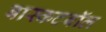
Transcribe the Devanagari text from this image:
बास्कटबॉल